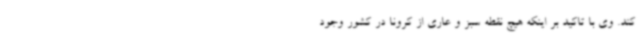
کند. وی با تاکید بر اینکه هیچ نقطه سبز و عاری از کرونا در کشور وجود